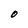
Character: O